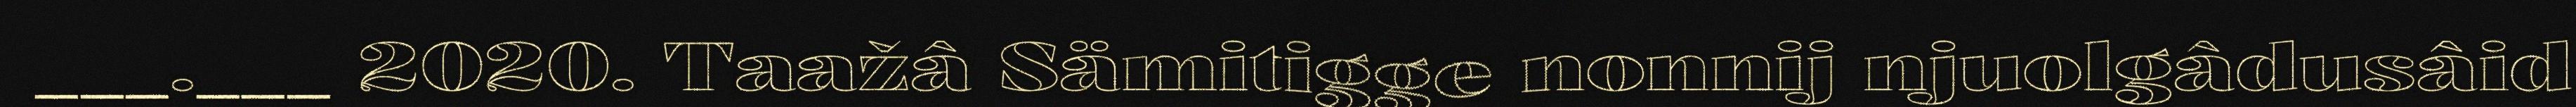
___.___ 2020. Taažâ Sämitigge nonnij njuolgâdusâid